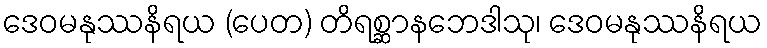
ဒေဝမနုဿနိရယ (ပေတ) တိရစ္ဆာနဘေဒါသု၊ ဒေဝမနုဿနိရယ